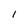
Character: l